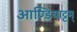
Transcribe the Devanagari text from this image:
आण्डियाट्टम्